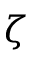
\zeta